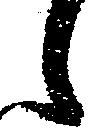
候